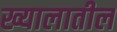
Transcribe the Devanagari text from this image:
ख्यालातील